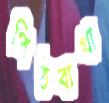
পিঠব্যথা